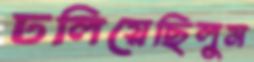
ঢলিয়েছিলুম